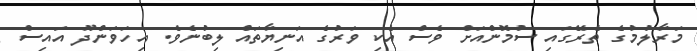
މަރާލުމުގެ ތެރޭގައި ސުމޮންއަށް ވެސް އެކި ވަރުގެ އަނިޔާތައް ލިބުނެވެ. އިހަވަންދޫ އައިސް